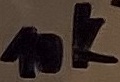
Text: 10K